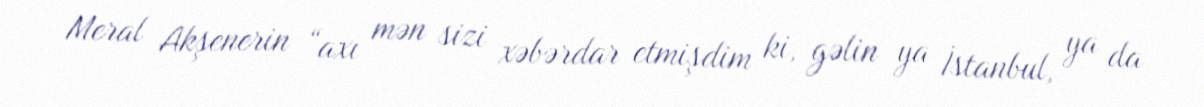
Meral Akşenerin “axı mən sizi xəbərdar etmişdim ki, gəlin ya İstanbul, ya da